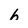
Character: h